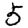
Digit: 5